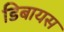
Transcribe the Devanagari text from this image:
डिबायस